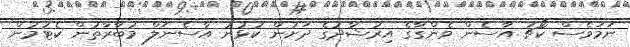
ނަމަވެސް ކޯޗު އާސެން ވެންގާގެ އިރުޝާދުގެ ދަށުން ކުޅުނު އާސެނަލް މުބާރާތުން ކެޓުމުން